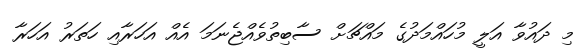
މި ދައުވާ އަލީ މުހައްމަދުގެ މައްޗަށް ސާބިތުވެއްޖެނަމަ އެއް އަހަރާއި ހަތަރު އަހަރާ